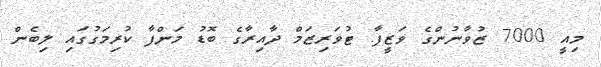
މިއީ 7000 ޒުވާނުންގެ ވަޒީފާ. ޓުވަރިޒަމް ދާއިރާގެ ބޮޑު މަންފާ ކުރިމަގުގައި ލިބެން